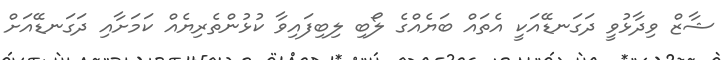
ޝާޒް ވިދާޅުވީ ދަގަނޑޭއަކީ އެތައް ބަޔެއްގެ ލޯބި ލިބިފައިވާ ކުޅުންތެރިޔެއް ކަމަށާއި ދަގަނޑޭއަށް